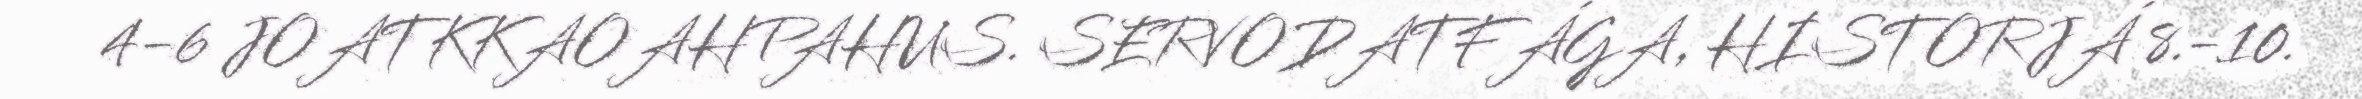
4-6 JOATKKAOAHPAHUS. SERVODATFÁGA, HISTORJÁ 8.-10.